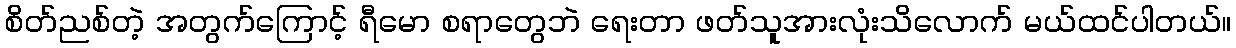
စိတ်ညစ်တဲ့ အတွက်ကြောင့် ရီမော စရာတွေဘဲ ရေးတာ ဖတ်သူအားလုံးသိလောက် မယ်ထင်ပါတယ်။